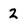
Character: 2